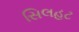
સિલહટ